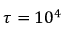
\tau = 1 0 ^ { 4 }